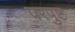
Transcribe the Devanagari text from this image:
परपुष्ट